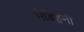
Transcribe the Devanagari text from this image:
मेडिहनी